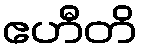
ဧဟီတိ